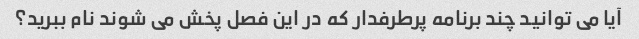
آیا می توانید چند برنامه پرطرفدار که در این فصل پخش می شوند نام ببرید؟